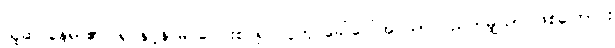
ယူဆ နေရာ၏။ ရုပ်နှင့်နာမ် ပေါင်းစပ်၍ လူဟု ခေါ်ဝေါ်အပ်သာ ပညတ်မျှသာ ဖြစ်ကြောင်း